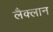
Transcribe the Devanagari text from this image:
लैक्लान